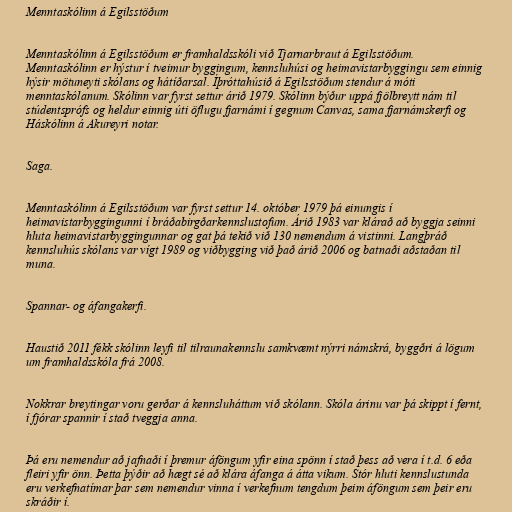
Menntaskólinn á Egilsstöðum

Menntaskólinn á Egilsstöðum er framhaldsskóli við Tjarnarbraut á Egilsstöðum.
Menntaskólinn er hýstur í tveimur byggingum, kennsluhúsi og heimavistarbyggingu sem einnig
hýsir mötuneyti skólans og hátíðarsal. Íþróttahúsið á Egilsstöðum stendur á móti
menntaskólanum. Skólinn var fyrst settur árið 1979. Skólinn býður uppá fjölbreytt nám til
stúdentsprófs og heldur einnig úti öflugu fjarnámi í gegnum Canvas, sama fjarnámskerfi og
Háskólinn á Akureyri notar.

Saga.

Menntaskólinn á Egilsstöðum var fyrst settur 14. október 1979 þá einungis í
heimavistarbyggingunni í bráðabirgðarkennslustofum. Árið 1983 var klárað að byggja seinni
hluta heimavistarbyggingunnar og gat þá tekið við 130 nemendum á vistinni. Langþráð
kennsluhús skólans var vígt 1989 og viðbygging við það árið 2006 og batnaði aðstaðan til
muna.

Spannar- og áfangakerfi.

Haustið 2011 fékk skólinn leyfi til tilraunakennslu samkvæmt nýrri námskrá, byggðri á lögum
um framhaldsskóla frá 2008.

Nokkrar breytingar voru gerðar á kennsluháttum við skólann. Skóla árinu var þá skippt í fernt,
í fjórar spannir í stað tveggja anna.

Þá eru nemendur að jafnaði í þremur áföngum yfir eina spönn í stað þess að vera í t.d. 6 eða
fleiri yfir önn. Þetta þýðir að hægt sé að klára áfanga á átta vikum. Stór hluti kennslustunda
eru verkefnatímar þar sem nemendur vinna í verkefnum tengdum þeim áföngum sem þeir eru
skráðir í.